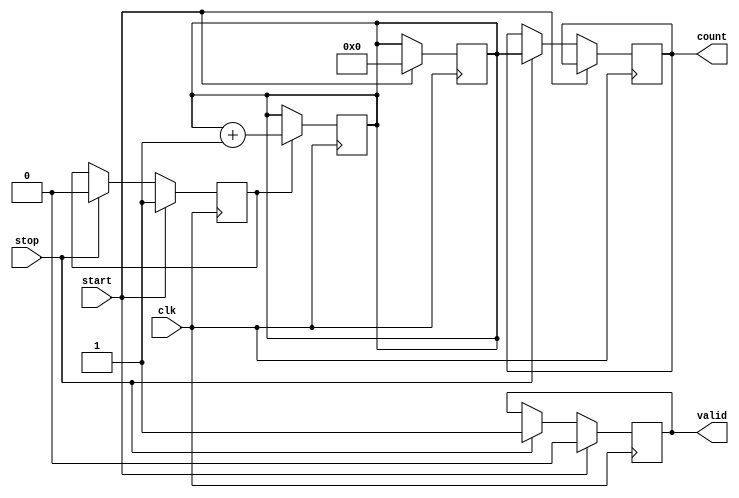
module TDC (
    input wire clk,            // System clock
    input wire start,          // Start signal
    input wire stop,           // Stop signal
    output reg [15:0] count,   // Output count value
    output reg valid           // Valid output signal
);

// Internal signals
reg counting;               // Counting control signal
reg [15:0] counter;         // 16-bit binary counter

// Clock Generator (assuming input clk is the high-frequency clock)
always @(posedge clk) begin
    if (counting) begin
        counter <= counter + 1; // Increment counter on each clock cycle
    end
end

// State Machine for TDC operation
always @(posedge clk) begin
    if (start) begin
        counting <= 1;          // Start counting
        counter <= 0;           // Reset counter
        valid <= 0;             // Indicate not valid yet
    end else if (stop) begin
        counting <= 0;          // Stop counting
        count <= counter;       // Capture the count value
        valid <= 1;             // Indicate valid output
    end
end

endmodule